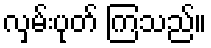
လှမ်းပုတ် ကြသည်။